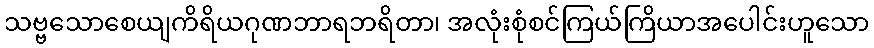
သဗ္ဗသောစေယျကိရိယဂုဏဘာရဘရိတာ၊ အလုံးစုံစင်ကြယ်ကြိယာအပေါင်းဟူသော